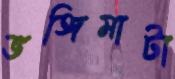
ভঙ্গিমাটা